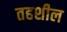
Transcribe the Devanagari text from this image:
तहशील